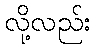
လို့လည်း